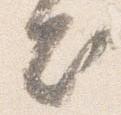
出